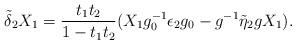
LaTeX: \begin{align*}\tilde{\delta}_2 X_1 = {t_1 t_2\over 1 -t_1 t_2} (X_1 g_0^{-1} \epsilon_2 g_0 -g^{-1} \tilde{\eta}_2 g X_1).\end{align*}